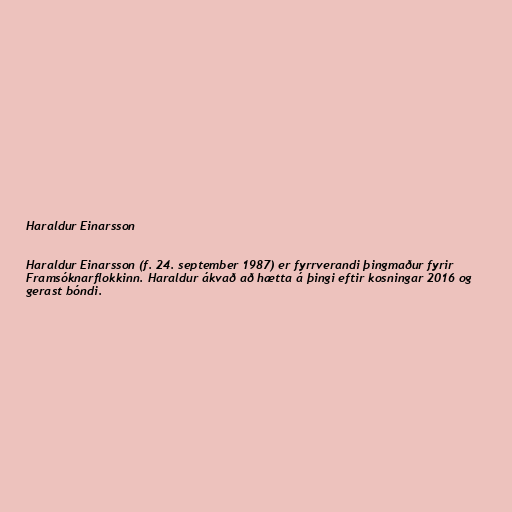
Haraldur Einarsson

Haraldur Einarsson (f. 24. september 1987) er fyrrverandi þingmaður fyrir
Framsóknarflokkinn. Haraldur ákvað að hætta á þingi eftir kosningar 2016 og
gerast bóndi.